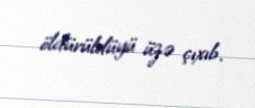
öldürüldüyü üzə çıxıb.